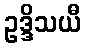
ဥဒ္ဒိသယီ